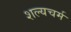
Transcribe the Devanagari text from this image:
शल्यचर्म